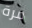
مرة